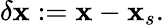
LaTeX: \delta\mathbf{x}:=\mathbf{x}-\mathbf{x}_{s}.